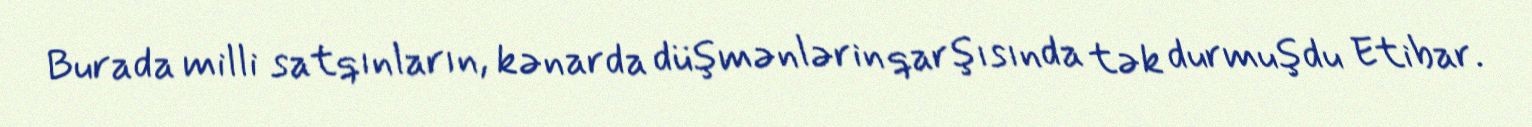
Burada milli satqınların, kənarda düşmənlərin qarşısında tək durmuşdu Etibar.